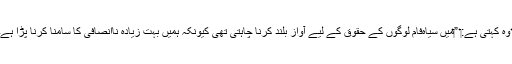
‏ وہ کہتی ہے:‏ ”‏مَیں سیاہ‌فام لوگوں کے حقوق کے لیے آواز بلند کرنا چاہتی تھی کیونکہ ہمیں بہت زیادہ نااِنصافی کا سامنا کرنا پڑا ہے۔